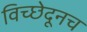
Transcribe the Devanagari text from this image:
विच्छेदूनच